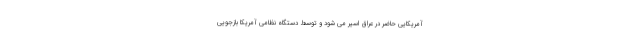
آمریکایی حاضر در عراق اسیر می شود و توسط دستگاه نظامی آمریکا بازجویی